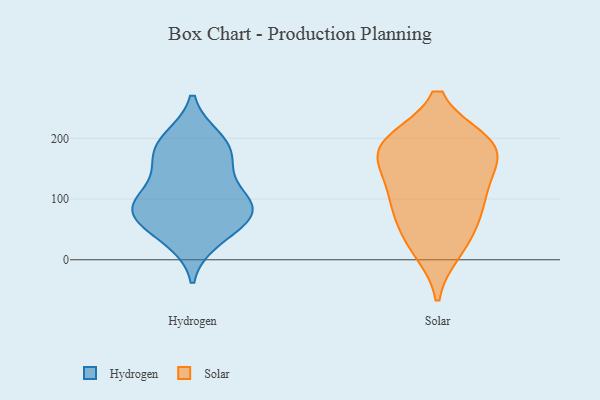
{"axis": {"x": "Revenue (USD Million)", "y": "Value"}, "legend": ["Hydrogen", "Solar"], "data": [{"x": "", "y": 84, "type": "Hydrogen"}, {"x": "", "y": 33, "type": "Hydrogen"}, {"x": "", "y": 91, "type": "Hydrogen"}, {"x": "", "y": 79, "type": "Hydrogen"}, {"x": "", "y": 181, "type": "Hydrogen"}, {"x": "", "y": 45, "type": "Hydrogen"}, {"x": "", "y": 74, "type": "Hydrogen"}, {"x": "", "y": 87, "type": "Hydrogen"}, {"x": "", "y": 199, "type": "Hydrogen"}, {"x": "", "y": 158, "type": "Hydrogen"}, {"x": "", "y": 194, "type": "Hydrogen"}, {"x": "", "y": 148, "type": "Hydrogen"}, {"x": "", "y": 101, "type": "Hydrogen"}, {"x": "", "y": 87, "type": "Solar"}, {"x": "", "y": 177, "type": "Solar"}, {"x": "", "y": 34, "type": "Solar"}, {"x": "", "y": 190, "type": "Solar"}, {"x": "", "y": 192, "type": "Solar"}, {"x": "", "y": 190, "type": "Solar"}, {"x": "", "y": 76, "type": "Solar"}, {"x": "", "y": 176, "type": "Solar"}, {"x": "", "y": 114, "type": "Solar"}, {"x": "", "y": 18, "type": "Solar"}, {"x": "", "y": 127, "type": "Solar"}]}